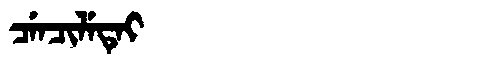
Manchu: ᠴᡝᠨᠴᡳᠯᡝᡨᡝᡳ
Romanization: CENCILETEI